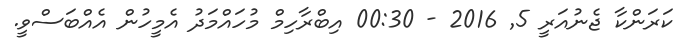
ކަރަންކާ ޖެނުއަރީ 5